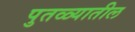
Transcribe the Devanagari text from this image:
पुतळ्यातील